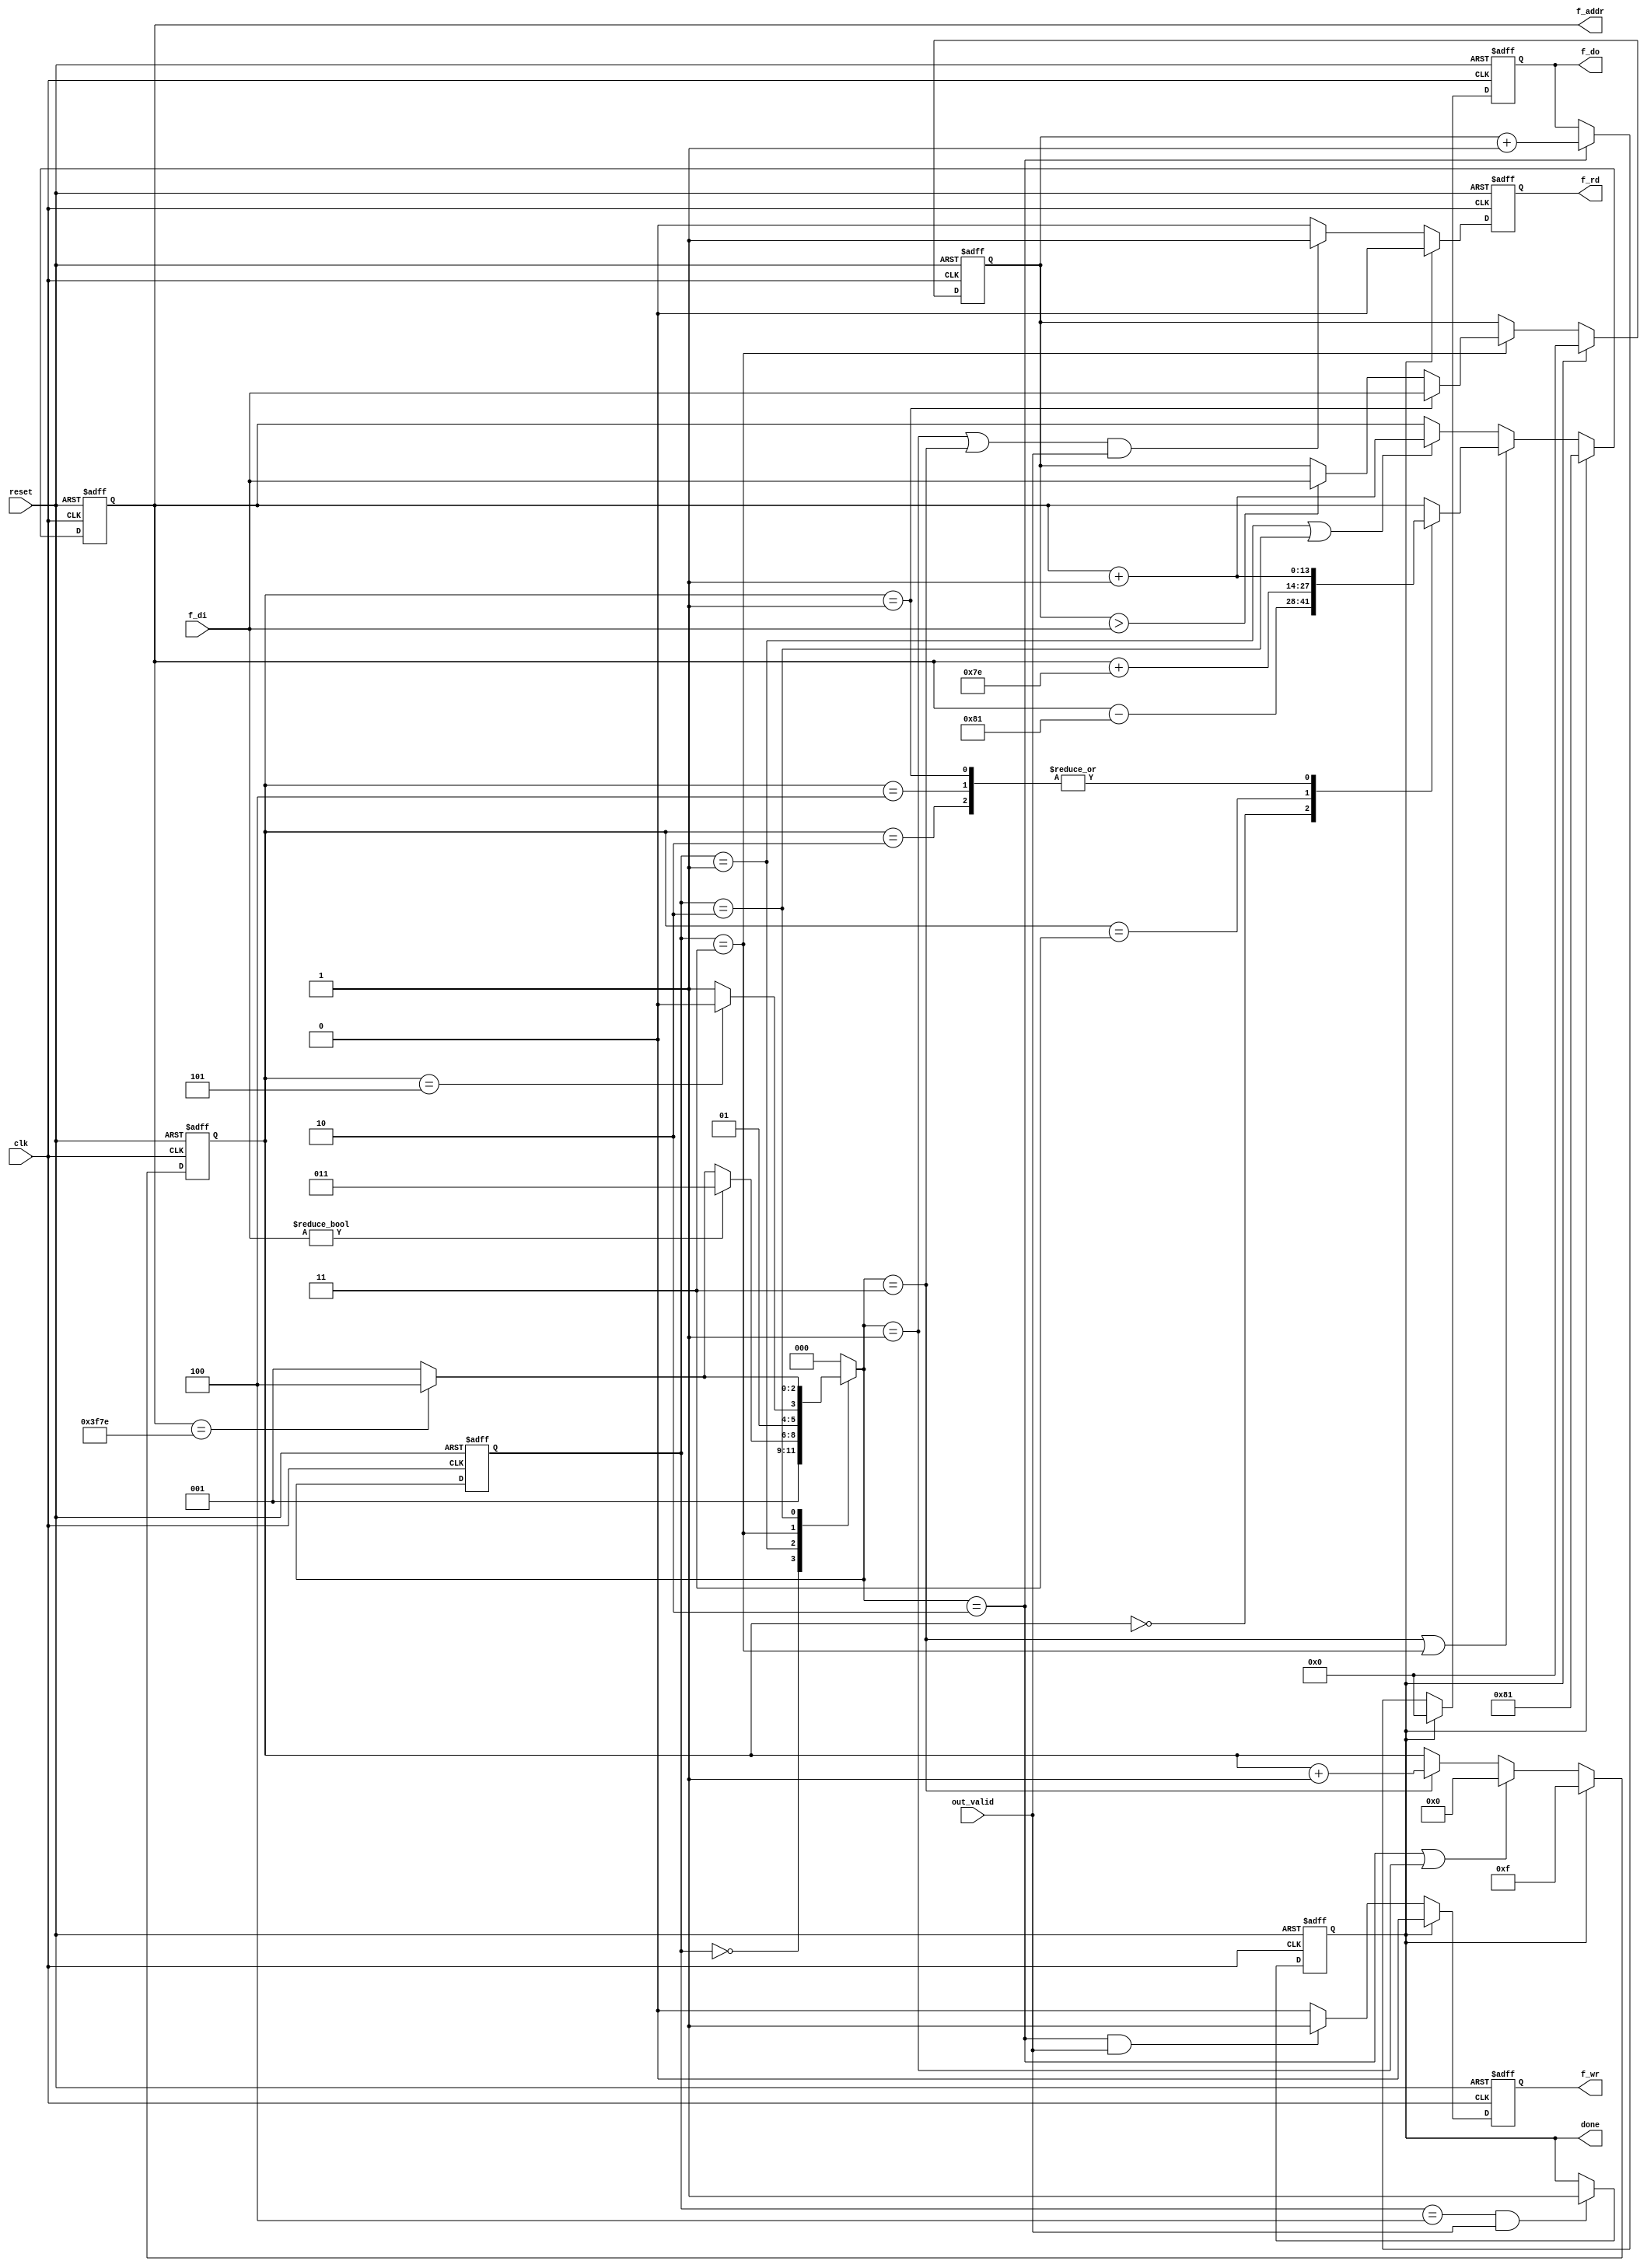
module forward(
	input 			clk, 
	input			reset,
    input           out_valid,
	input	  [7:0] f_di,//?
	output	reg		done ,
	output	reg		f_wr ,
	output	reg		f_rd ,
	output	reg 	[13:0]	f_addr ,
	output	reg 	[7:0]	f_do
	);
reg [7:0] min;
reg [3:0] counter;
//fsm
reg [2:0] cs;
reg [2:0] ns;
parameter INIT = 3'd0;
parameter READ_F = 3'd1;
parameter WRITE_F = 3'd2;
parameter COUNT_5 = 3'd3;
parameter FINISH = 3'd4;

always@(posedge clk or posedge reset) begin
	if(reset) 
		cs <= INIT;
	else 
		cs <= ns;
end

always@(*) begin
	case(cs)
		INIT:
			ns = READ_F;
		READ_F:
			if(f_di) 
				ns = COUNT_5;
			else begin
				if(f_addr == 14'd16254)//complete Forward final pixel 
					ns = FINISH;
				else 
					ns = READ_F;
			end 
		COUNT_5:
			if(counter== 4'd5)
				ns = WRITE_F;
			else 
				ns = COUNT_5;
		WRITE_F:
			if(f_addr == 14'd16254) //complete Forward final pixel 
				ns = FINISH;
			else 
				ns = READ_F;
		FINISH:
			ns = INIT;
		default: 
			ns = INIT;
	endcase
end
//?wire clr = reset || done;
//min
always@(posedge clk or posedge reset)begin
	if(reset) 
		min <= 0;
	else if(done)
		min <= 0;
	else if(cs == COUNT_5) begin
		if(counter == 4'd1) 
			min <= f_di;
		else if(min > f_di) 
			min <= f_di; 
	end
end
//counter
always@(posedge clk or posedge reset)begin
	if(reset) 
		counter <= 4'd15;
	else if(done) 
		counter <= 4'd15;
	else if(ns == WRITE_F || ns == READ_F)
		counter <= 4'd0;
	else if(ns == COUNT_5)
		counter <= counter + 4'd1;
end

//f_rd
always@(posedge clk or posedge reset)begin
	if(reset) 
		f_rd <= 1'b0;
	else if(done) 
		f_rd <= 1'b0;
	else if((ns == READ_F || ns == COUNT_5) && out_valid==1'b1)
		f_rd <= 1'b1;
	else 
		f_rd <= 1'b0;
end
//f_wr
always@(posedge clk or posedge reset)begin
	if(reset) 
		f_wr <= 1'd0;
	else if(done) 
		f_wr <= 1'd0;
	else if(ns == WRITE_F && out_valid==1'b1) 
		f_wr <= 1'd1;
	else 
		f_wr <= 1'd0;
end

//f_addr
always@(posedge clk or posedge reset)begin
	if(reset) 
		f_addr <= 14'd129;
	else if(done) 
		f_addr <= 14'd129;
	else if(ns == COUNT_5 || cs == COUNT_5) begin
		case(counter)
			4'd0: f_addr <= f_addr - 14'd129;
			4'd1: f_addr <= f_addr + 14'd1;
			4'd2: f_addr <= f_addr + 14'd1;
			4'd3: f_addr <= f_addr + 14'd126;
			4'd4: f_addr <= f_addr + 14'd1;
		endcase
	end
	else if(cs == READ_F || cs == WRITE_F) 
		f_addr <= f_addr + 14'd1;
end
//f_do
always@(posedge clk or posedge reset)begin
	if(reset) 
		f_do <= 0;
	else if(done) 
		f_do <= 0;
	else if(ns == WRITE_F) 
		f_do <= min + 1;
end
//done
always@(posedge clk or posedge reset)begin
	if(reset) 
		done <= 1'b0;
	else if(cs == FINISH && out_valid==1'b1) 
		done <= 1'b1;
end

endmodule